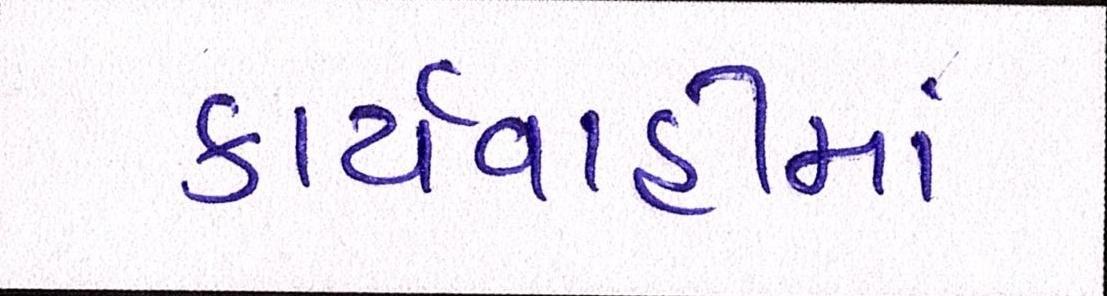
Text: કાર્યવાહીમાં